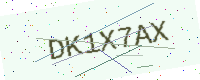
Text: DK1X7AX